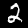
Label: 2